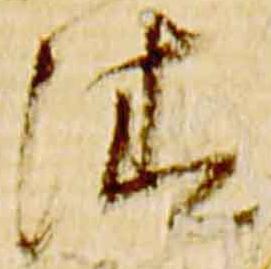
清